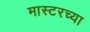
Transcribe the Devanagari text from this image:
मास्टरच्या